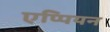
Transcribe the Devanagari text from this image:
एप्पियन